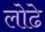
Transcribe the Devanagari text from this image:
लोढे